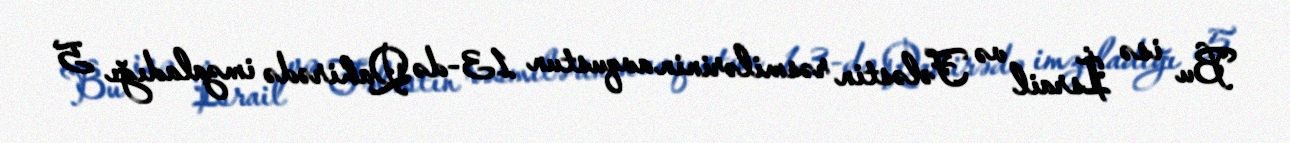
Bu isə İsrail və Fələstin rəsmilərinin avqustun 13-də Qahirədə imzaladığı 5